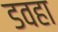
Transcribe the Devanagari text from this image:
डवहा